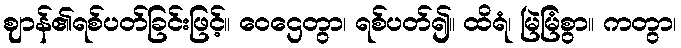
ဈာန်၏ရစ်ပတ်ခြင်းဖြင့်။ ဝေဌေတွာ၊ ရစ်ပတ်၍။ ထိရံ၊ မြဲမြံစွာ။ ကတွာ၊